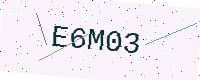
Text: E6M03